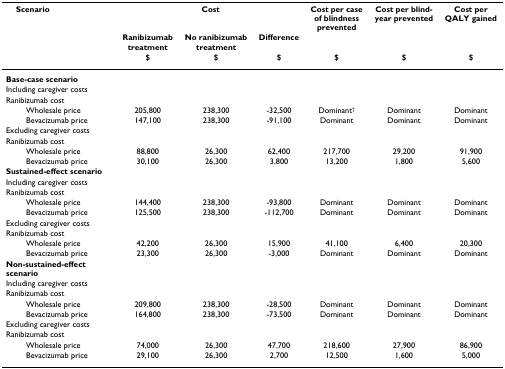
<table><thead><tr><td><b> Scenario</b></td><td colspan="3"><b>Cost</b></td><td><b>Cost per case of blindness prevented</b></td><td><b>Cost per blind-year prevented</b></td><td><b>Cost per QALY gained</b></td></tr><tr><td></td><td><b>Ranibizumab treatment</b></td><td><b>No ranibizumab treatment</b></td><td><b>Difference</b></td><td></td><td></td><td></td></tr><tr><td></td><td><b>$</b></td><td><b>$</b></td><td><b>$</b></td><td><b>$</b></td><td><b>$</b></td><td><b>$</b></td></tr></thead><tbody><tr><td><b>Base-case scenario</b></td><td></td><td></td><td></td><td></td><td></td><td></td></tr><tr><td>Including caregiver costs</td><td></td><td></td><td></td><td></td><td></td><td></td></tr><tr><td>Ranibizumab cost</td><td></td><td></td><td></td><td></td><td></td><td></td></tr><tr><td>Wholesale price</td><td>205,800</td><td>238,300</td><td>-32,500</td><td>Dominant<sup>†</sup></td><td>Dominant</td><td>Dominant</td></tr><tr><td>Bevacizumab price</td><td>147,100</td><td>238,300</td><td>-91,100</td><td>Dominant</td><td>Dominant</td><td>Dominant</td></tr><tr><td>Excluding caregiver costs</td><td></td><td></td><td></td><td></td><td></td><td></td></tr><tr><td>Ranibizumab cost</td><td></td><td></td><td></td><td></td><td></td><td></td></tr><tr><td>Wholesale price</td><td>88,800</td><td>26,300</td><td>62,400</td><td>217,700</td><td>29,200</td><td>91,900</td></tr><tr><td>Bevacizumab price</td><td>30,100</td><td>26,300</td><td>3,800</td><td>13,200</td><td>1,800</td><td>5,600</td></tr><tr><td><b>Sustained-effect scenario</b></td><td></td><td></td><td></td><td></td><td></td><td></td></tr><tr><td>Including caregiver costs</td><td></td><td></td><td></td><td></td><td></td><td></td></tr><tr><td>Ranibizumab cost</td><td></td><td></td><td></td><td></td><td></td><td></td></tr><tr><td>Wholesale price</td><td>144,400</td><td>238,300</td><td>-93,800</td><td>Dominant</td><td>Dominant</td><td>Dominant</td></tr><tr><td>Bevacizumab price</td><td>125,500</td><td>238,300</td><td>-112,700</td><td>Dominant</td><td>Dominant</td><td>Dominant</td></tr><tr><td>Excluding caregiver costs</td><td></td><td></td><td></td><td></td><td></td><td></td></tr><tr><td>Ranibizumab cost</td><td></td><td></td><td></td><td></td><td></td><td></td></tr><tr><td>Wholesale price</td><td>42,200</td><td>26,300</td><td>15,900</td><td>41,100</td><td>6,400</td><td>20,300</td></tr><tr><td>Bevacizumab price</td><td>23,300</td><td>26,300</td><td>-3,000</td><td>Dominant</td><td>Dominant</td><td>Dominant</td></tr><tr><td><b>Non-sustained-effect scenario</b></td><td></td><td></td><td></td><td></td><td></td><td></td></tr><tr><td>Including caregiver costs</td><td></td><td></td><td></td><td></td><td></td><td></td></tr><tr><td>Ranibizumab cost</td><td></td><td></td><td></td><td></td><td></td><td></td></tr><tr><td>Wholesale price</td><td>209,800</td><td>238,300</td><td>-28,500</td><td>Dominant</td><td>Dominant</td><td>Dominant</td></tr><tr><td>Bevacizumab price</td><td>164,800</td><td>238,300</td><td>-73,500</td><td>Dominant</td><td>Dominant</td><td>Dominant</td></tr><tr><td>Excluding caregiver costs</td><td></td><td></td><td></td><td></td><td></td><td></td></tr><tr><td>Ranibizumab cost</td><td></td><td></td><td></td><td></td><td></td><td></td></tr><tr><td>Wholesale price</td><td>74,000</td><td>26,300</td><td>47,700</td><td>218,600</td><td>27,900</td><td>86,900</td></tr><tr><td>Bevacizumab price</td><td>29,100</td><td>26,300</td><td>2,700</td><td>12,500</td><td>1,600</td><td>5,000</td></tr></tbody></table>